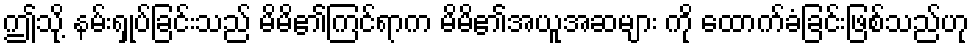
ဤသို့ နမ်းရှုပ်ခြင်းသည် မိမိ၏ကြင်ရာက မိမိ၏အယူအဆများ ကို ထောက်ခံခြင်းဖြစ်သည်ဟု